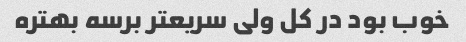
خوب بود در کل ولی سریعتر برسه بهتره